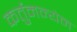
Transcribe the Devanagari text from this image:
कर्तुमन्येन